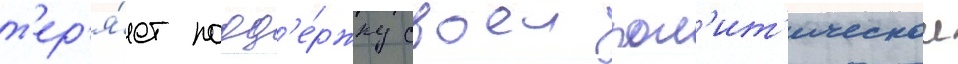
т'ер'я́ет подд'е́ржку своеи пол'ит'ическои